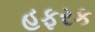
હફરક